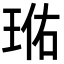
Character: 𭹐